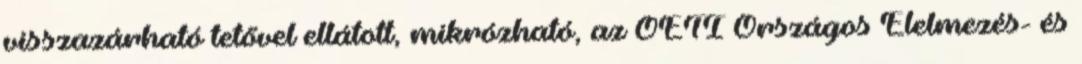
visszazárható tetővel ellátott, mikrózható, az OÉTI Országos Élelmezés- és